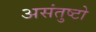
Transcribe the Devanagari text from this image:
असंतुष्टो